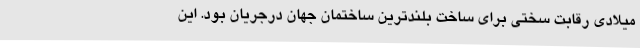
میلادی رقابت سختی برای ساخت بلند‌ترین ساختمان جهان درجریان بود. این